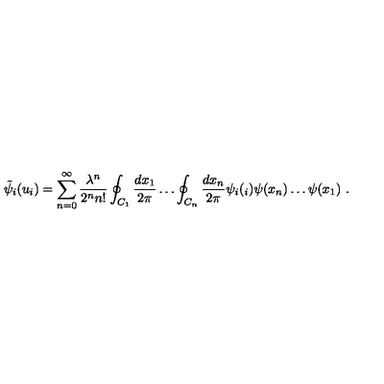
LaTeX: \tilde { \psi } _ { i } ( u _ { i } ) = \sum _ { n = 0 } ^ { \infty } \frac { \lambda ^ { n } } { 2 ^ { n } n ! } \oint _ { C _ { 1 } } \frac { d x _ { 1 } } { 2 \pi } \dots \oint _ { C _ { n } } \frac { d x _ { n } } { 2 \pi } \psi _ { i } ( _ { i } ) \psi ( x _ { n } ) \dots \psi ( x _ { 1 } ) \ .